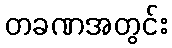
တခဏအတွင်း